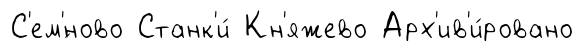
С'ем'́ново Станк'и́ Кн'яжево Арх'ив'и́ровано